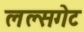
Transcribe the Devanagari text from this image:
लल्सगेट